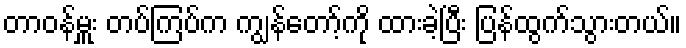
တာဝန်မှူး တပ်ကြပ်က ကျွန်တော့်ကို ထားခဲ့ပြီး ပြန်ထွက်သွားတယ်။